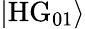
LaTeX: |\mathrm{HG}_{01}\rangle